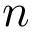
n